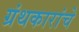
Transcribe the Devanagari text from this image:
ग्रंथकारांचे